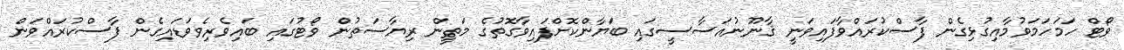
ވޯޓް ހަމަހަމަވުމާއިގުޅިގެން ފާސްކުރައްވާފައިވަނީ ޤާނޫނުއަސާސީގައި ބަޔާންކޮށްފައިވާގޮތުގެ މަތީން ރިޔާސަތުން ވޯޓުގައި ބައިވެރިވެވަޑައިގެން ފާސްކުރައްވަން